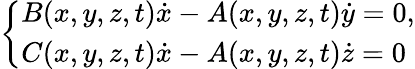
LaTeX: \left\{ \begin{array}{l}{B(x,y,z,t){\dot{x}}-A(x,y,z,t){\dot{y}}=0,}\\ {C(x,y,z,t){\dot{x}}-A(x,y,z,t){\dot{z}}=0}\end{array}\right.